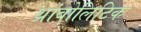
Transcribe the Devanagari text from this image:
थ्रांबोलिटिक